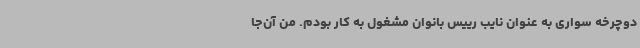
دوچرخه سواری به عنوان نایب رییس بانوان مشغول به کار بودم. من آن‌جا